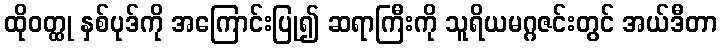
ထိုဝတ္ထု နှစ်ပုဒ်ကို အကြောင်းပြု၍ ဆရာကြီးကို သူရိယမဂ္ဂဇင်းတွင် အယ်ဒီတာ